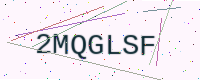
Text: 2MQGLSF